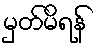
မှတ်မိရန်